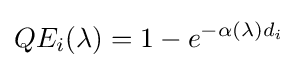
QE_{i}(\lambda )=1-e^{-\alpha (\lambda )d_{i}}